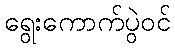
ရွေးကောက်ပွဲဝင်